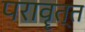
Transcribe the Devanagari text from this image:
परावॄत्त